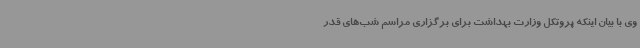
وی با بیان اینکه پروتکل وزارت بهداشت برای برگزاری مراسم شب‌های قدر